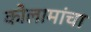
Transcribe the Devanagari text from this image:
कोलामांचा